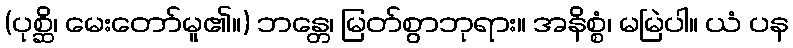
(ပုစ္ဆိ၊ မေးတော်မူ၏။) ဘန္တေ၊ မြတ်စွာဘုရား။ အနိစ္စံ၊ မမြဲပါ။ ယံ ပန